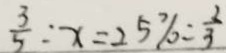
\frac { 3 } { 5 } : x = 2 5 \% = \frac { 2 } { 3 }